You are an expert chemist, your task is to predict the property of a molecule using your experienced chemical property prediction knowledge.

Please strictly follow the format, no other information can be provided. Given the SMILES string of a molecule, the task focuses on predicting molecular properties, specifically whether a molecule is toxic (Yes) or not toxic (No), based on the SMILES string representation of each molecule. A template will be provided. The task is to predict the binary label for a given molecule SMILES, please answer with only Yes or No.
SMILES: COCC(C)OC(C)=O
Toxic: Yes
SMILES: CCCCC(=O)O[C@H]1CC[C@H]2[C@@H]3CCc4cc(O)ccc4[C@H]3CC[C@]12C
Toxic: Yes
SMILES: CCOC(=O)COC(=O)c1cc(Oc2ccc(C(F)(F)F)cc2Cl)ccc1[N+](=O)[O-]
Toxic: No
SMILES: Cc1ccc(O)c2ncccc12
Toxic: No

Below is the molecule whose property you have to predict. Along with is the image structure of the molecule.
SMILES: CN(C)CCOc1ccccc1Cc1ccccc1.O=C(O)CC(O)(CC(=O)O)C(=O)O
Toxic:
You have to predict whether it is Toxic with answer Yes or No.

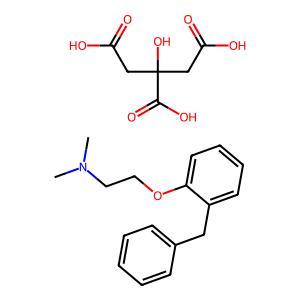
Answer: No